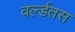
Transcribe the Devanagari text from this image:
वर्ल्डतस